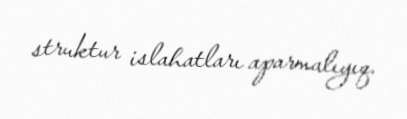
struktur islahatları aparmalıyıq.